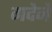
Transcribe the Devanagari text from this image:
गदेने